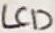
Text: LCD